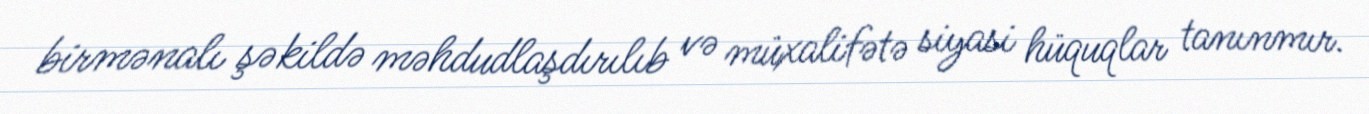
birmənalı şəkildə məhdudlaşdırılıb və müxalifətə siyasi hüquqlar tanınmır.